Indian journal of veterinary science and animal husbandry - Volumes 26-27, 1956-1957
Year: 1956
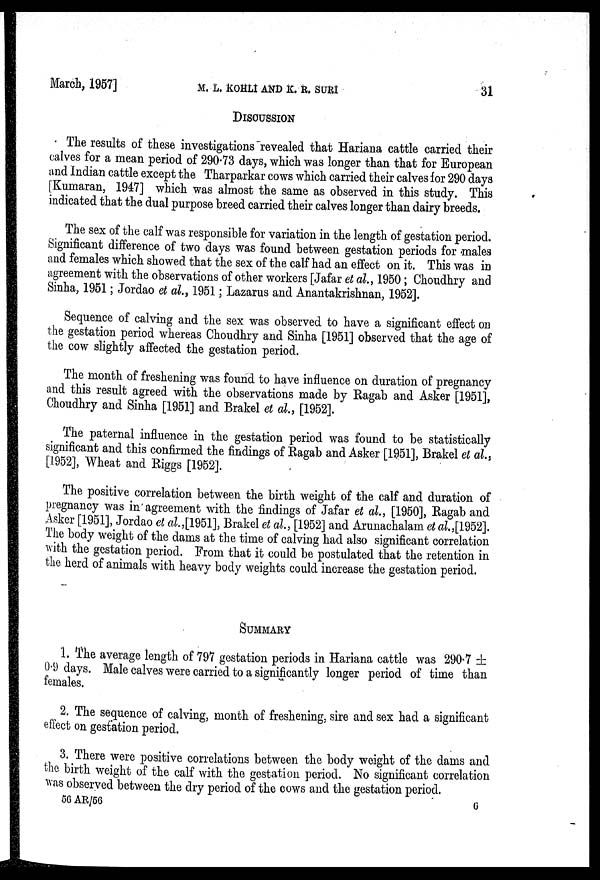
March, 1957]
M.
L.
KOHLI
AND
K.
R.
SURI
31
DISCUSSION
The results of these investigations revealed that Hariana cattle carried their
calves for a mean period of 290.73 days, which was longer than that for European
and Indian cattle except the Tharparkar cows which carried their calves for 290 days
[Kumaran, 1947] which was almost the same as observed in this study. This
indicated that the dual purpose breed carried their calves longer than dairy breeds.
The sex of the calf was responsible for variation in the length of gestation period.
Significant difference of two days was found between gestation periods for males
and females which showed that the sex of the calf had an effect on it. This was in
agreement with the observations of other workers [Jafar et al., 1950; Choudhry and
Sinha, 1951; Jordao et al., 1951; Lazarus and Anantakrishnan, 1952].
Sequence of calving and the sex was observed to have a significant effect on
the gestation period whereas Choudhry and Sinha [1951] observed that the age of
the cow slightly affected the gestation period.
The month of freshening was found to have influence on duration of pregnancy
and this result agreed with the observations made by Ragab and Asker [1951],
Choudhry and Sinha [1951] and Brakel et al., [1952].
The paternal influence in the gestation period was found to be statistically
significant and this confirmed the findings of Ragab and Asker [1951], Brakel et al.
[1952], Wheat and Riggs [1952].
The positive correlation between the birth weight of the calf and duration of
pregnancy was in agreement with the findings of Jafar et al., [1950], Ragab and
Asker [1951], Jordao et al.,[1951], Brakel et al., [1952] and Arunachalam et al.,[1952].
The body weight of the dams at the time of calving had also significant correlation
with the gestation period. From that it could be postulated that the retention in
the herd of animals with heavy body weights could increase the gestation period.
SUMMARY
1. The average length of 797 gestation periods in Hariana cattle was 290.7 ±
0.9 days. Male calves were carried to a significantly longer period of time than
females.
2. The sequence of calving, month of freshening, sire and sex had a significant
effect on gestation period.
3. There were positive correlations between the body weight of the dams and
the birth weight of the calf with the gestation period. No significant correlation
was observed between the dry period of the cows and the gestation period.
56 AR/56
6